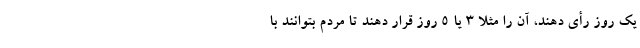
یک روز رأی دهند، آن را مثلا ۳ یا ۵ روز قرار دهند تا مردم بتوانند با